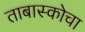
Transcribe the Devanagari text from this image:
ताबास्कोचा